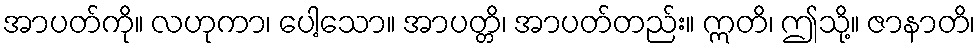
အာပတ်ကို။ လဟုကာ၊ ပေါ့သော။ အာပတ္တိ၊ အာပတ်တည်း။ ဣတိ၊ ဤသို့။ ဇာနာတိ၊